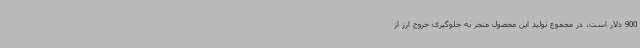
900 دلار است، در مجموع تولید این محصول منجر به جلوگیری خروج ارز از